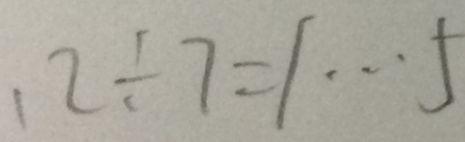
1 2 \div 7 = 1 \cdots 5